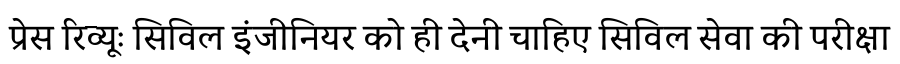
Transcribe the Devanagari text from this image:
प्रेस रिव्यूः सिविल इंजीनियर को ही देनी चाहिए सिविल सेवा की परीक्षा